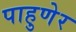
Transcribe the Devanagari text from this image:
पाहुणेर